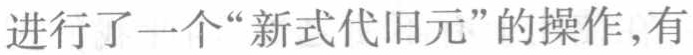
进行了一个“新式代旧元”的操作,有